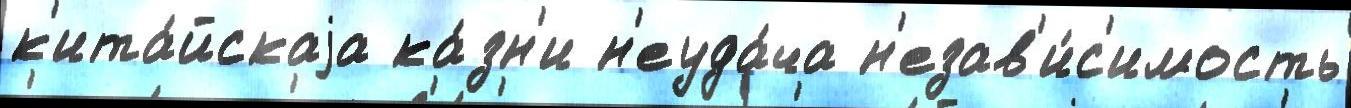
к'ита́йскаjа ка́зн'и н'еуда́ча н'езав'и́с'имость